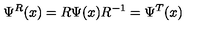
\Psi ^ { R } ( x ) = R \Psi ( x ) R ^ { - 1 } = \Psi ^ { T } ( x )